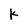
Character: k